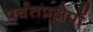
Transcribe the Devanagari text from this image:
पर्वतप्रक्षेपों